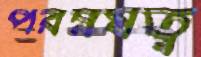
পরম্নষত্ব